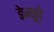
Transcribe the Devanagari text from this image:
डेन्यूवे